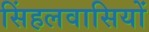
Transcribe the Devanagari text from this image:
सिंहलवासियों